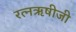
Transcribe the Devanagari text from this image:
रत्नऋषीजी